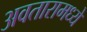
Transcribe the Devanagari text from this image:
अवतारामध्ये